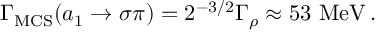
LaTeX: \Gamma _ { \mathrm { M C S } } ( a _ { 1 } \rightarrow \sigma \pi ) = 2 ^ { - 3 / 2 } \Gamma _ { \rho } \approx 5 3 \ \mathrm { M e V } \, .